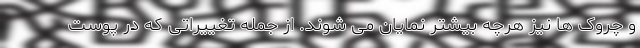
و چروک ها نیز هرچه بیشتر نمایان می شوند. از جمله تغییراتی که در پوست